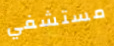
مستشفي